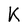
Character: K